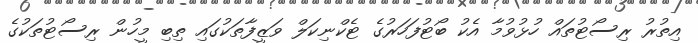
އިތުރު ރިސޯޓުތައް ހުޅުވުމާ އެކު ބޯޓުފަހަރުގެ ޓެކްނިކަލް ވަޒީފާތަކުގައި ތިބި މީހުން ރިސޯޓުތަކުގެ